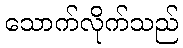
သောက်လိုက်သည်